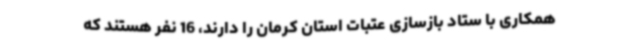
‌همکاری با ستاد بازسازی عتبات استان کرمان را دارند، 16 نفر هستند که